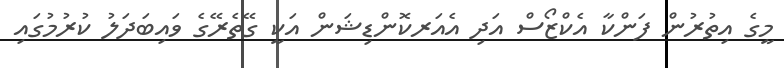
މީގެ އިތުރުން ފަންކާ އެކްޒޯސް އަދި އެއަރކޮންޑިޝަން އަކީ ގޭތެރޭގެ ވައިބަދަލު ކުރުމުގައި